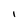
Character: I